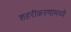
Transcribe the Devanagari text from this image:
शहरीकरणामध्ये